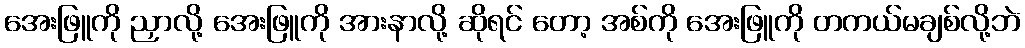
အေးဖြူကို ညှာလို့ အေးဖြူကို အားနာလို့ ဆိုရင် တော့ အစ်ကို အေးဖြူကို တကယ်မချစ်လို့ဘဲ